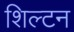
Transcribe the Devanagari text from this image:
शिल्टन